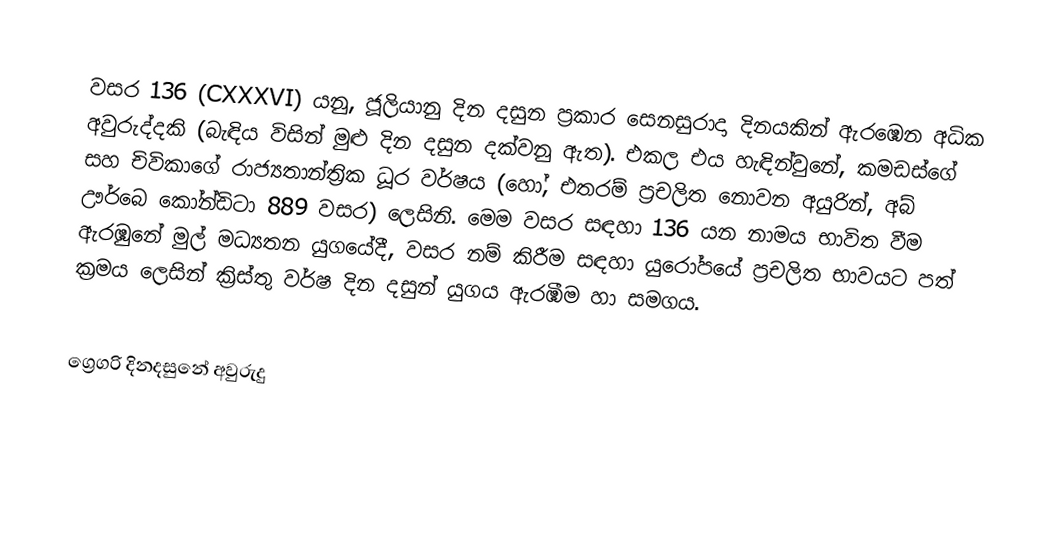

වසර 136 (CXXXVI) යනු,  ජූලියානු දින දසුන ප්‍රකාර   සෙනසුරාදා දිනයකින් ඇරඹෙන අධික අවුරුද්දකි  (බැඳිය විසින් මුළු දින දසුන දක්වනු ඇත). එකල එය හැඳින්වුනේ, කමඩස්ගේ සහ චිවිකාගේ රාජ්‍යතාන්ත්‍රික  ධූර වර්ෂය (හෝ, එතරම් ප්‍රචලිත නොවන අයුරින්,  අබ් ඌර්බෙ කෝන්ඩිටා  889 වසර) ලෙසිනි.  මෙම වසර සඳහා 136 යන නාමය භාවිත වීම ඇරඹුනේ මුල් මධ්‍යතන යුගයේදී, වසර නම් කිරීම සඳහා යුරෝපයේ ප්‍රචලිත භාවයට පත් ක්‍රමය ලෙසින් ක්‍රිස්තු වර්ෂ දින දසුන් යුගය ඇරඹීම හා සමගය.

ග්‍රෙගරි දිනදසුනේ අවුරුදු